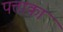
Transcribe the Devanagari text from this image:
पत्ताका